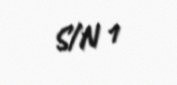
S/N 1